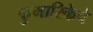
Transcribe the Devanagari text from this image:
कुमारिकेचे